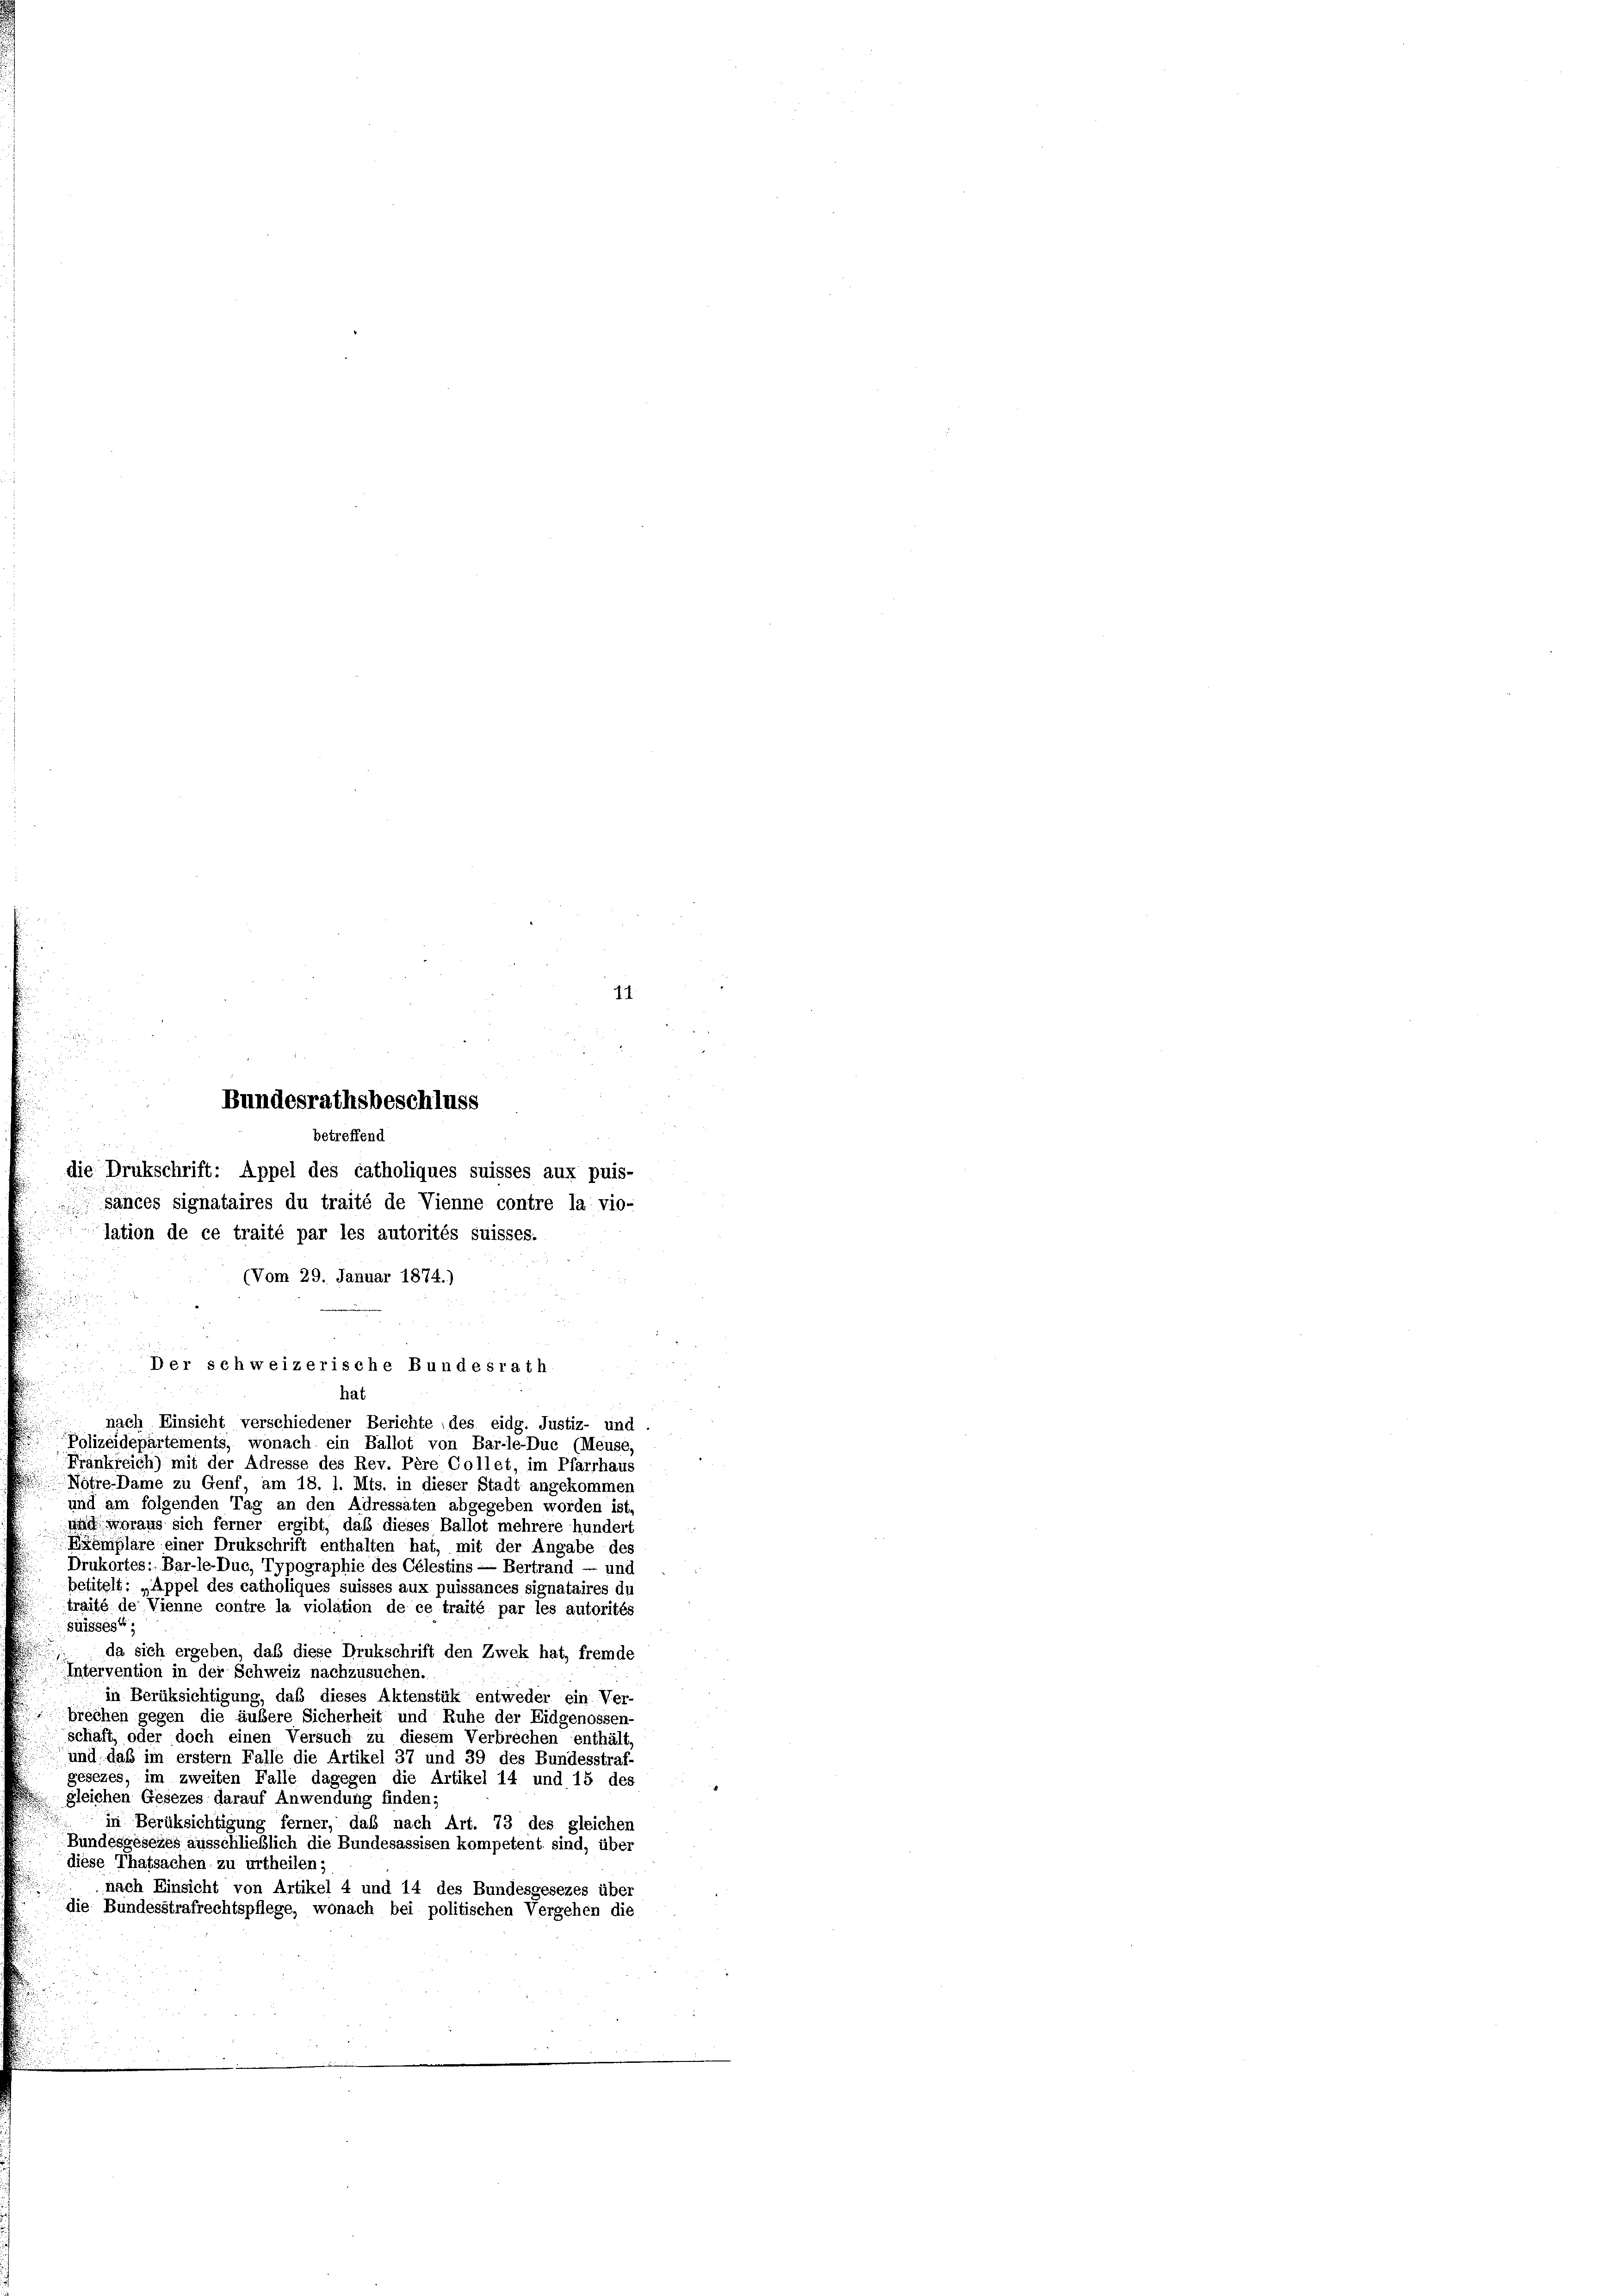
betreffend
die Drukschrift: Appel des catholiques suisses aux puis-

1

e
Bundesrathsbeschluss
sances signataires du traité de Vienne contre la vio-
lation de ce traité par les autorités suisses.
(Vom 29. Januar 1874.)

Der schweizerische Bundesrath
hat
nach Einsicht verschiedener Berichte des eidg. Justiz- und
Polizeidepartements, wonach ein Ballot von Bar-le-Duc (Meuse,

Frankreich) mit der Adresse des Rev. Père Collet, im Pfarrhaus
Nötre-Dame zu Genf, am 18. 1. Mts. in dieser Stadt angekommen
und am folgenden Tag an den Adressaten abgegeben worden ist,
und woraus sich ferner ergibt, daß dieses Ballot mehrere hundert
Exemplare einer Drukschrift enthalten hat, mit der Angabe des
Drukortes: Bar-le-Duc, Typographie des Celestins — Bertrand — und
betitelt: „Appel des catholiques suisses aux puissances signataires du
traité de Vienne contre la violation de ce traité par les autorités
suisses“;
da sich ergeben, daß diese Drukschrift den Zwek hat, fremde
Intervention in der Schweiz nachzusuchen.
in Berüksichtigung, daß dieses Aktenstük entweder ein Ver-
brechen gegen die äußere Sicherheit und Ruhe der Eidgenossen-
schaft, oder doch einen Versuch zu diesem Verbrechen enthält,
und daß im erstem Falle die Artikel 37 und 39 des Bundesstraf
gesezes, im zweiten Falle dagegen die Artikel 14 und 15 des
gleichen Gesezes darauf Anwendung finden;
in Berüksichtigung ferner, daß nach Art. 73 des gleichen
Bundesgesezes ausschließlich die Bundesassisen kompetent sind, über
diese Thatsachen zu urtheilen;
nach Einsicht von Artikel 4 und 14 des Bundesgesezes über
die Bundesstrafrechtspflege, wonach bei politischen Vergehen die